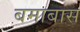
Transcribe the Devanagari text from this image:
बमाबास